Vaccination in Bombay 1889-1901 - 1889-1901
Year: 1889
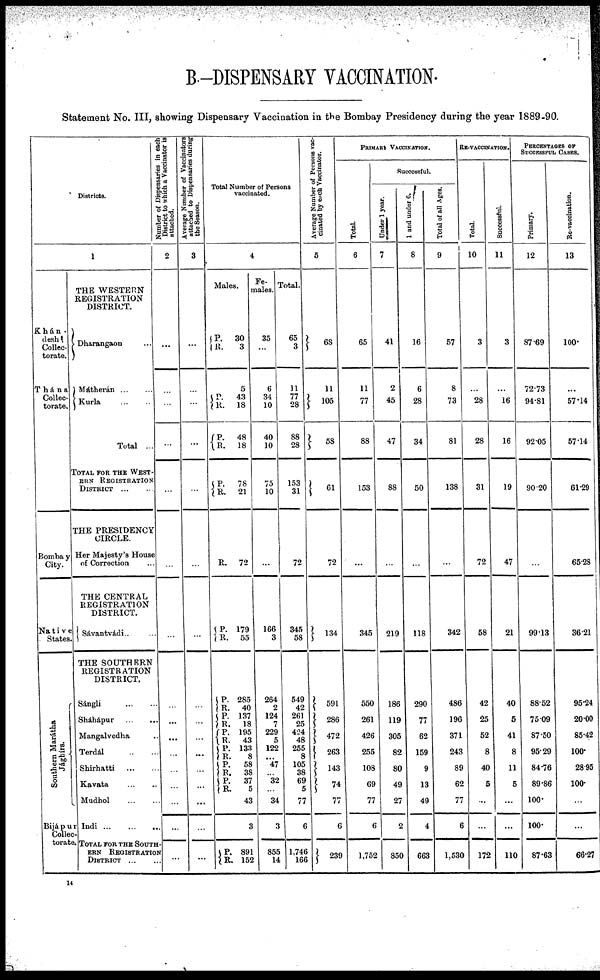
B.—DISPENSARY VACCINATION.
Statement No. III, showing Dispensary Vaccination in the Bombay Presidency during the year 1889-90.
Districts.
1
Khán-
desh
Collec-
torate.
Thána
Collec-
torate.
Bombay
City.
Native
States.
Southern Marátha
Jaghirs.
Bijapur
Collec-
torate.
THE WESTERN
REGISTRATION
DISTRICT.
Dharangaon ...
Mátherán
...
...
Kurla
...
...
Total ...
TOTAL FOR THE WEST-
ERN REGISTRATION
DISTRICT
...
...
THE PRESIDENCY
CIRCLE.
Her Majesty's House
of Correction ...
THE CENTRAL
REGISTRATION
DISTRICT.
Sávantvádi ... ...
THE SOUTHERN
REGISTRATION
DISTRICT.
Sángli
...
...
Sháhápur
...
...
Mangalvedha ...
Terdál ... ...
Shirhatti
...
...
Kavata ... ...
Mudhol ... ...
Indi
...
...
...
TOTAL FOR THE SOUTH-
ERN REGISTRATION
DISTRICT ... ...
Number of Dispensaries in each
District to which a Vaccinator is
attached.
2
...
...
...
...
...
...
...
...
...
...
...
...
...
...
...
...
Average Number of Vaccinators
attached to Dispensaries during
the Season.
3
...
...
...
...
...
...
...
...
...
...
...
...
...
...
...
...
Total Number of Persons
vaccinated.
4
Males.
P.
R.
30
3
5
P.
R.
P.
R.
P.
R.
43
18
48
18
78
21
R.
72
P.
R. 179
55
P.
R.
P.
R. P.
R. P.
R.
P.
R.
P.
R.
285
40
137
18
195
43
133
8
58
38
37
5
43
3
P.
R.
891
152
Fe-
males.
35
...
6
34
10
40
10
75
10
...
166
3
264
2
124
7
229
5
122
...
47
...
32
...
34
3
855
14
Total.
65
3
11
77
28
88
28
153
31
72
345
58
549
42
261
25
424
48
255
8
105
38
69
5
77
6
1,746
166
Average Number of Persons vac-
cinated by each Vaccinator.
5
68
11
105
58
61
72
134
591
286
472
263
143
74
77
6
239
PRIMARY VACCINATION.
Total.
6
65
11
77
88
153
...
345
550
261
426
255
108
69
77
6
1,752
Successful.
Under 1 year.
7
41
2
45
47
88
...
219
186
119
305
82
80
49
27
2
850
1 and under 6.
8
16
6
28
34
50
...
118
290
77
62
159
9
13
49
4
663
Total of all Ages.
9
57
8
73
81
138
...
342
486
196
371
243
89
62
77
6
1,530
RE-VACCINATION.
Total.
10
3
...
28
28
31
72
58
42
25
52
8
40
5
...
...
172
Successful.
11
3
...
16
16
19
47
21
40
5
41
8
11
5
...
...
110
PERCENTAGES OF
SUCCESSFUL CASES.
Primary.
12
87.69
72.73
94.81
92.05
90.20
...
99.13
88.52
75.09
87.50
95.29
84.76
89.86
100.
100.
87.63
Re-vaccination.
13
100.
...
57.14
57.14
61.29
65.28
36.21
95.24
20.00
85.42
100.
28.95
100.
...
...
66.27
14